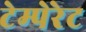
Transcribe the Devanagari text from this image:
टेम्पेरेट